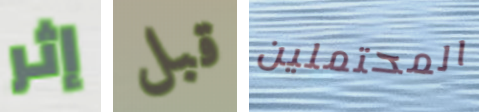
إثر قبل المحتملين